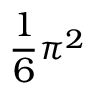
{ \frac { 1 } { 6 } } \pi ^ { 2 }